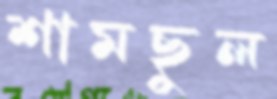
শামছুল